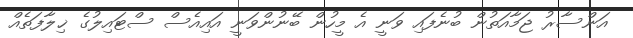
އަންސާރު ޖަމާއަތުން ބުނެފައި ވަނީ އެ މީހުން ބޭނުންވަނީ އައިއެސް ސްޓައިލުގެ ޚިލާފަތެއް